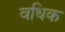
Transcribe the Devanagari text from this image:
वधिक